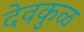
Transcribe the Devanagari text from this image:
देवकुळ